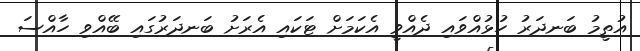
އުތީމު ބަނދަރު ހުޅުއްވައި ދެއްވީ އެކަމަށް ޓަކައި އެރަށު ބަނދަރުގައި ބޭއްވި ހާއްސަ